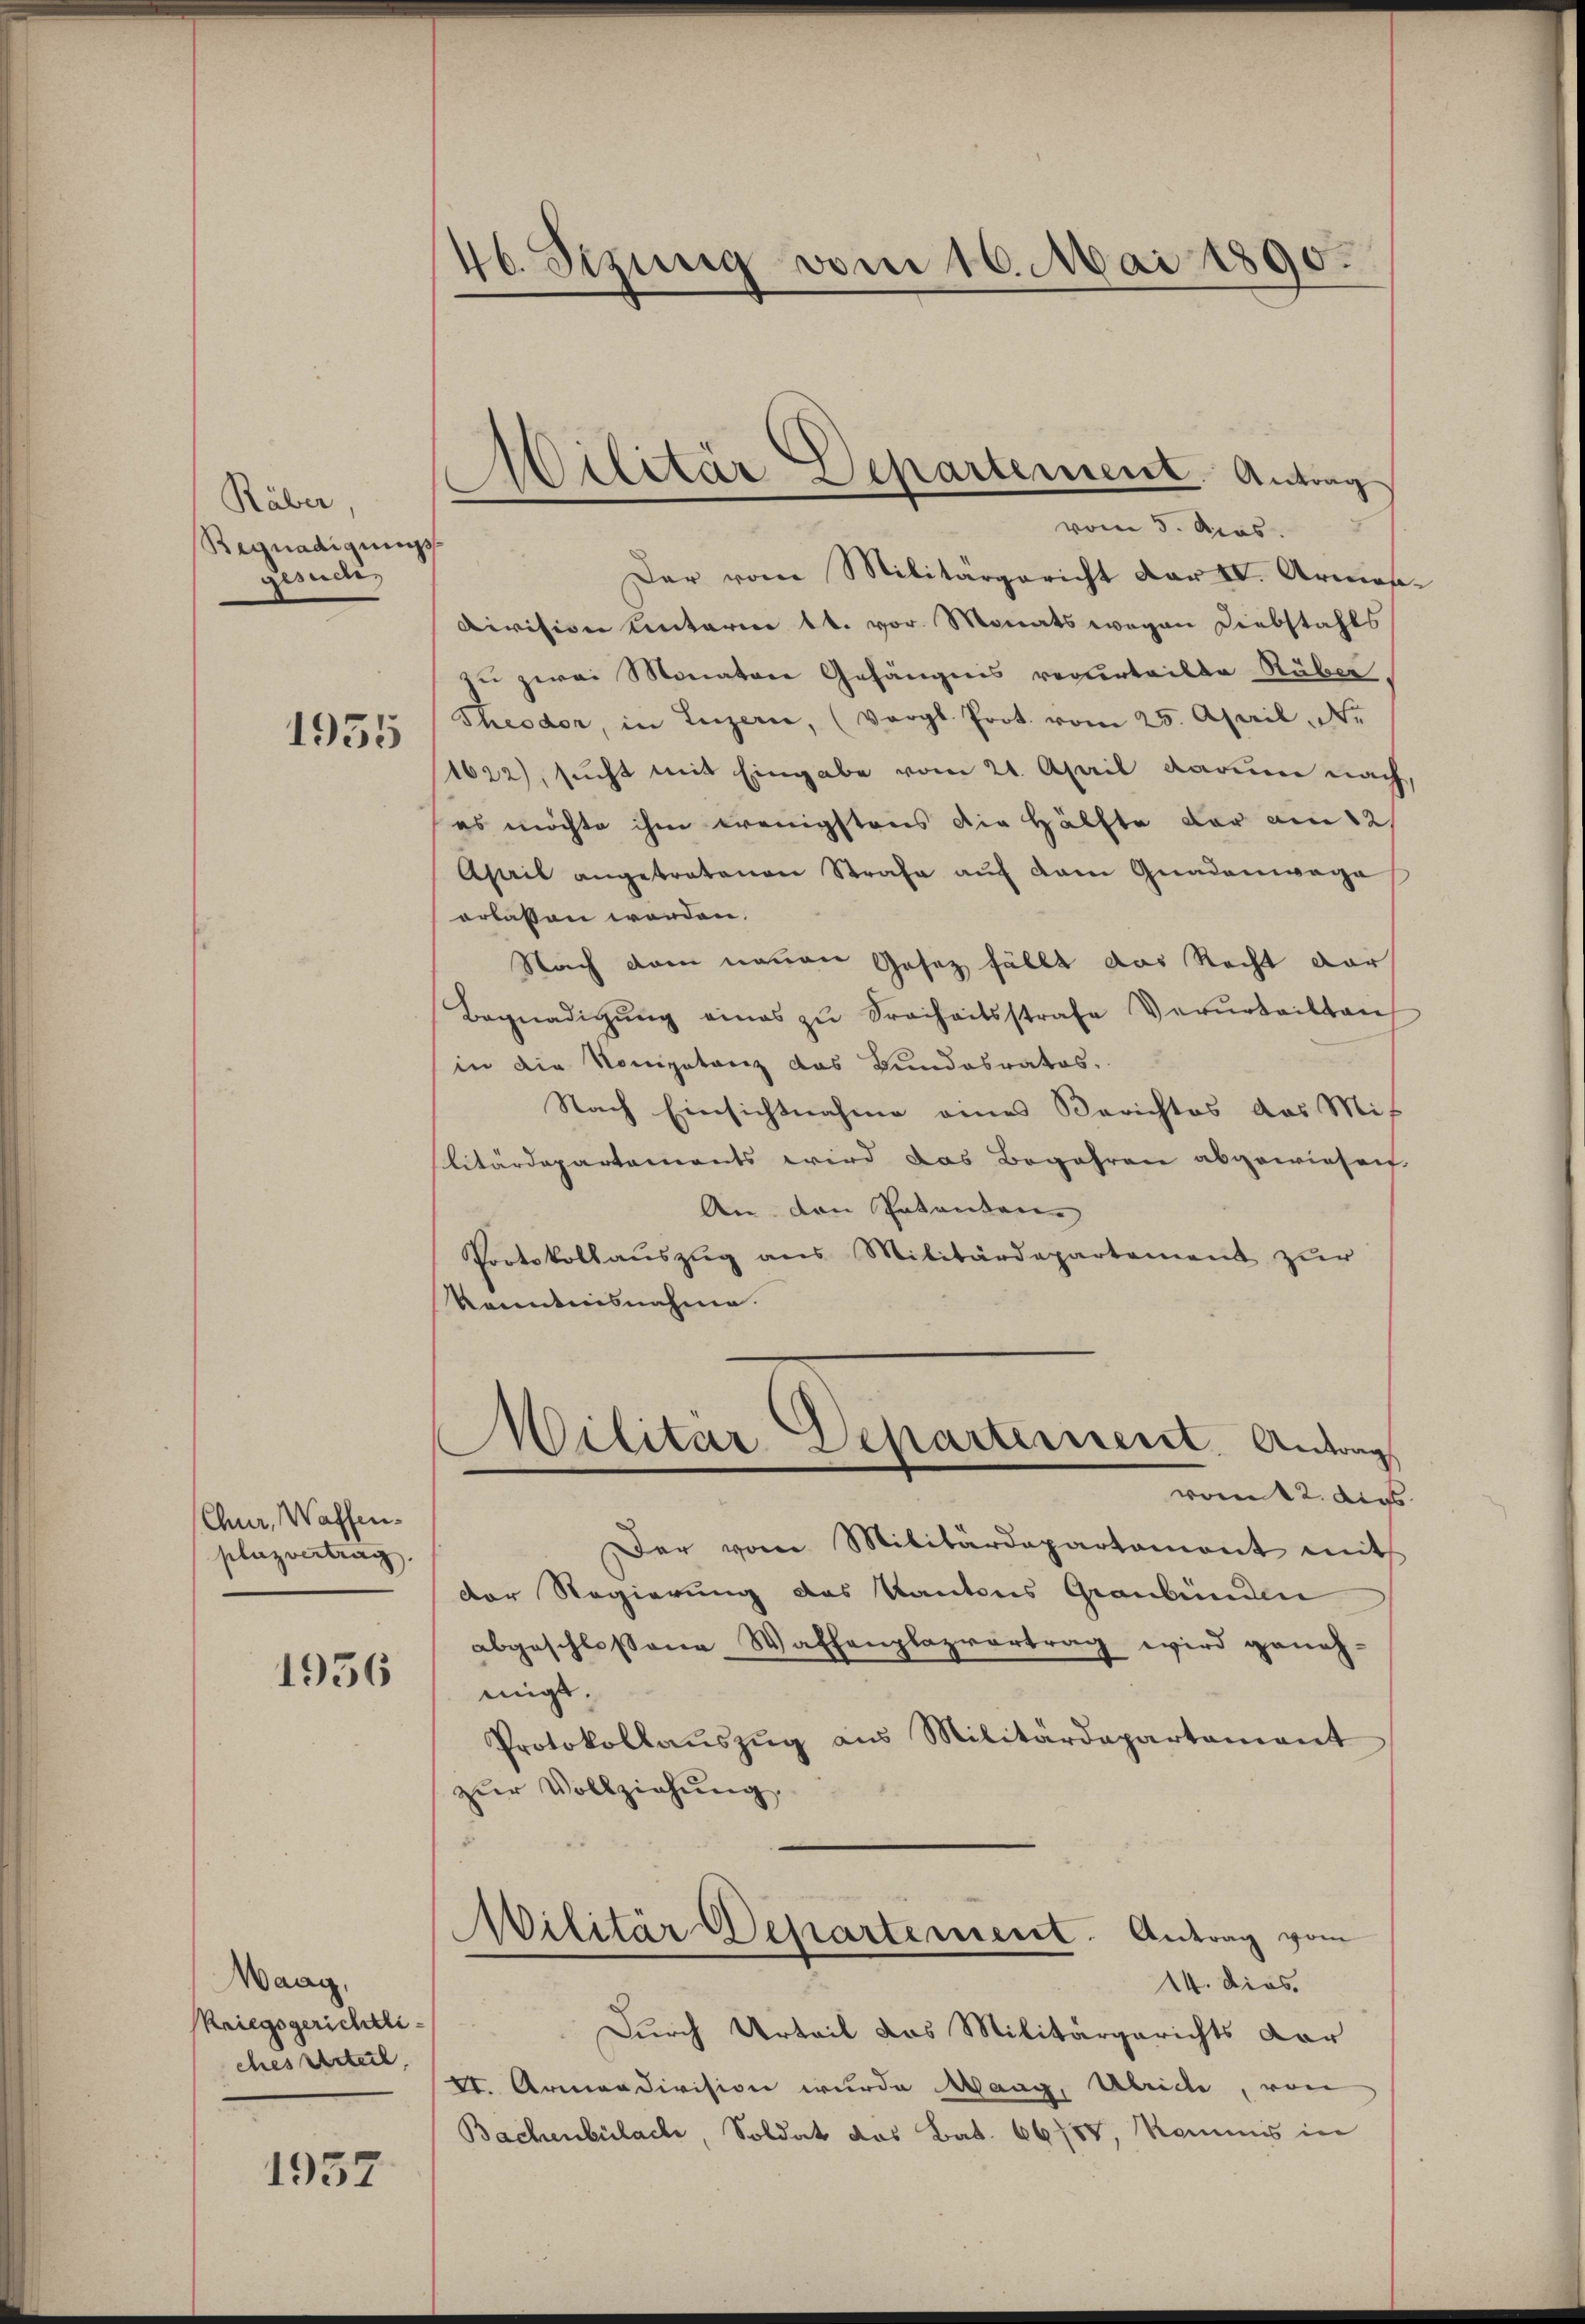
Räber,
Begnadigungs
gesuche,

1955

Chur, Waffen.
plazvertrag.

1956

Waag.
Kriegsgerichtliches Urteil,

1952

46. Sizung vom 16. Mai 1890.

Militär Departement. Antrag
vom 3. Apos.
Der vom Militärgericht der IV. Armos

division Unterm 14. vor. Monatswegen Diebstahls
zu zwei Monaten Gefängnis verurteilte Räber.
Theodor, in Luzern, (vergl. Prot. vom 25. April, Ne
1622), sucht mit Eingabe vom 21. April darum nach
es möchte ihm wenigstens die Hälfte der am 12t
April angetretenen Strafe aŭf dem Gnadenwaga
erlassen werden.
Nach dem neuen Gesez fällt das Recht dar
Begnadigŭng eines zŭ Freiheitsstrafe Verurteilten
in die Kompetanz das Bundesrates.
Nach Einsichtnahme eines Berichtes das Mit
litärdepartements wird das Begehren abgewiesen.
An den Erbanden
Protokollaŭszŭg ans Militärdepartement zŭr
Kenntnisnahme.
Militar Departement. Antrag
vom 12. dies
Der vom Militärdepartament mit
der Regierung des Kantons Graubünden
abgeschlossene Waffenplazvortrag wird geneh-
migt.
Protokollaŭszŭg aŭs Militärdepartament
zŭr Vollziehung,
5
Militär Departement. Antrag vom
14. dies.
Durch Urteil das Militärgerichts dar
II. Armendivision wurde Maag, Ulriche, von
Bachenbülache, Soldat das Bat. 66777, Kommis in